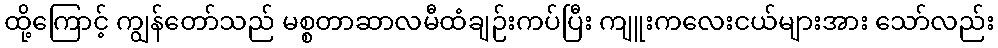
ထို့ကြောင့် ကျွန်တော်သည် မစ္စတာဆာလမီထံချဉ်းကပ်ပြီး ကျူးကလေးငယ်များအား သော်လည်း